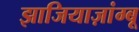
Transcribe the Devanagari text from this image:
झाजियाज़ांग्बू